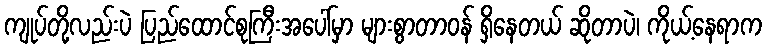
ကျုပ်တို့လည်းပဲ ပြည်ထောင်စုကြီးအပေါ်မှာ များစွာတာဝန် ရှိနေတယ် ဆိုတာပဲ၊ ကိုယ့်နေရာက